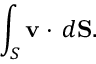
\int _ { S } { \mathbf { v } } \cdot \, d { \mathbf { S } } .